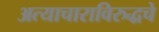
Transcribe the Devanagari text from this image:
अत्याचाराविरुद्धचे